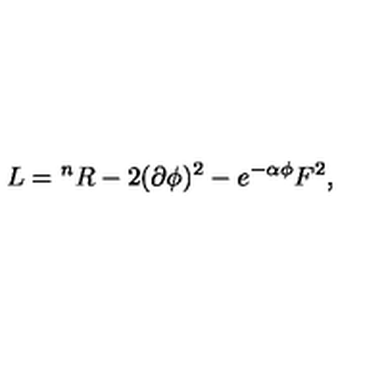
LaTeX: L = { } ^ { n } R - 2 ( \partial \phi ) ^ { 2 } - e ^ { - \alpha \phi } F ^ { 2 } ,